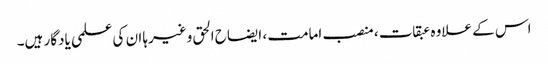
اس کے علاوہ عبقات ، منصب امامت ، ایضاح الحق وغیرہا ان کی علمی یادگار ہیں۔